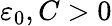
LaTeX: \varepsilon_{0},C>0